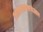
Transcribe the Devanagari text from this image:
आयआयएचआर